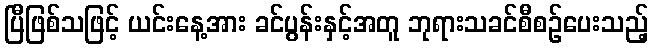
ပြီဖြစ်သဖြင့် ယင်းနေ့အား ခင်ပွန်းနှင့်အတူ ဘုရားသခင်စီစဉ်ပေးသည့်